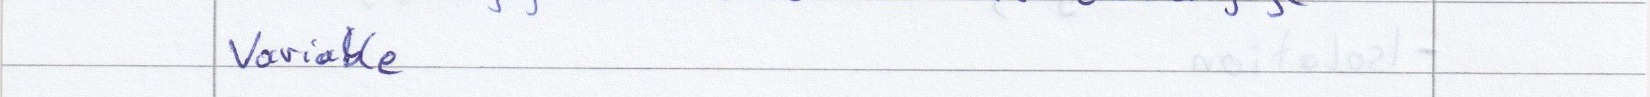
Variable